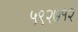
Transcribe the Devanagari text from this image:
५९२७१२